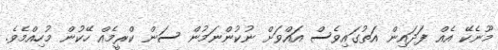
މޫނެކޭ އެއް ފަދައިން އަތުގައިވެސް އައްވަށް ނުކުންނަމުން ސަން ކްރީމެއް ހޭކުން މުހިއްމެވެ.